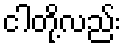
ငါတို့လည်း